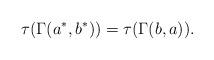
LaTeX: \begin{gather*}\tau(\Gamma(a^*, b^*))=\tau(\Gamma(b, a)).\end{gather*}